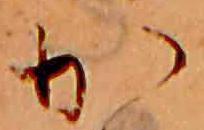
か